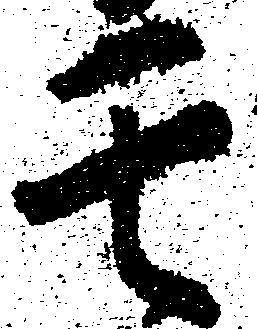
其